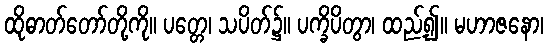
ထိုဓာတ်တော်တို့ကို။ ပတ္တေ၊ သပိတ်၌။ ပက္ခိပိတွာ၊ ထည့်၍။ မဟာဇနော၊